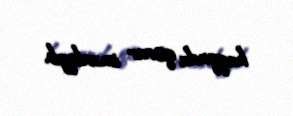
haqqında qərar imzalayıb.